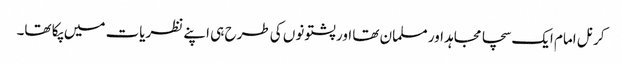
کرنل امام ایک سچا مجاہد اور مسلمان تھا اور پشتونوں کی طرح ہی اپنے نظریات میں پکا تھا۔